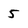
Character: 5